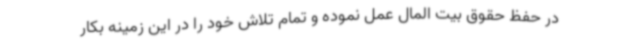
در حفظ حقوق بیت المال عمل نموده و تمام تلاش خود را در این زمینه بکار